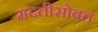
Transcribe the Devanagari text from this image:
मदतीसोबत